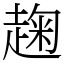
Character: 趜